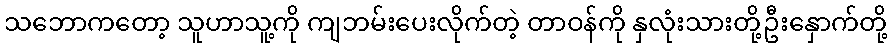
သဘောကတော့ သူဟာသူ့ကို ကျဘမ်းပေးလိုက်တဲ့ တာဝန်ကို နှလုံးသားတို့ဦးနှောက်တို့